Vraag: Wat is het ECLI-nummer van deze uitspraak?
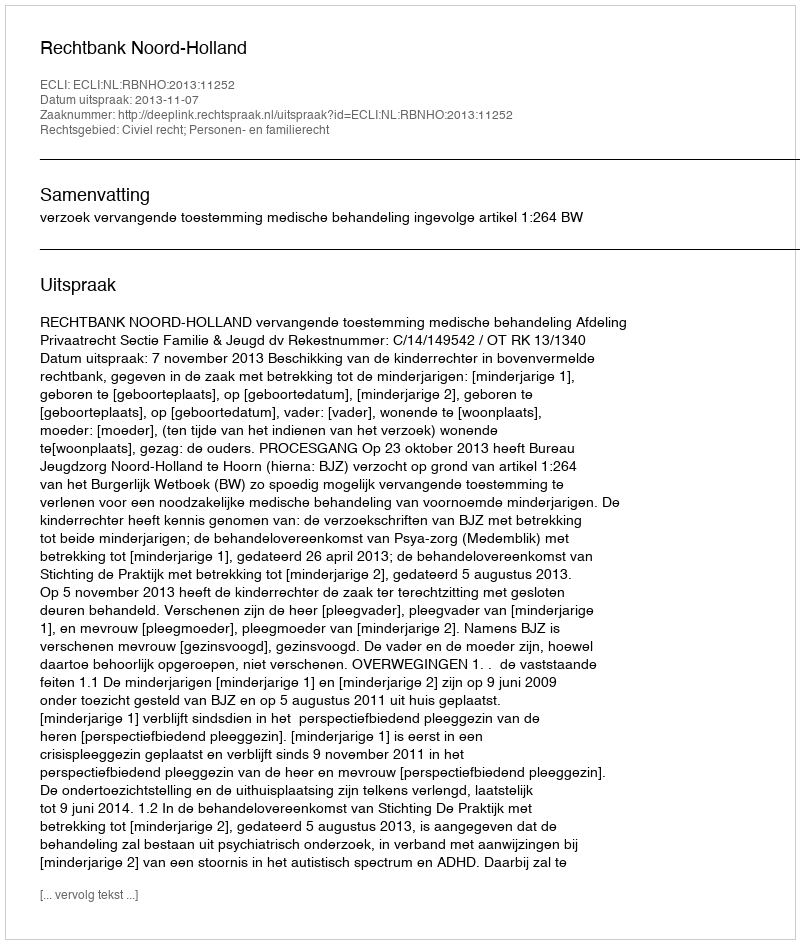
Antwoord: ECLI:NL:RBNHO:2013:11252